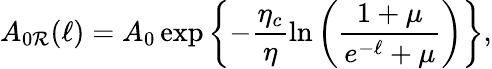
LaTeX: A_{0\mathcal{R}}(\ell)=A_{0}\exp\left\{ -\frac{{\eta_{c}}}{{\eta}}\ln\left(\frac{{1+\mu}}{{e^{-\ell}+\mu}}\right)\right\} ,